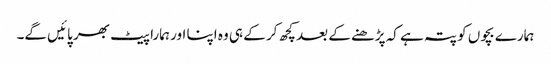
ہمارے بچوں کو پتہ ہے کہ پڑھنے کے بعد کچھ کر کے ہی وہ اپنا اور ہمارا پیٹ بھر پائیں گے۔